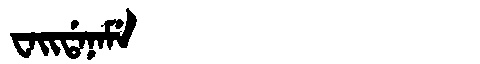
Manchu: ᠸᠠᡳᡩᠠᠨᠠᠮᡝ
Romanization: WAIDANAME